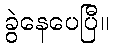
ခွဲနေပေပြီ။